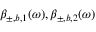
\beta _ { \pm , b , 1 } ( \omega ) , \beta _ { \pm , b , 2 } ( \omega )